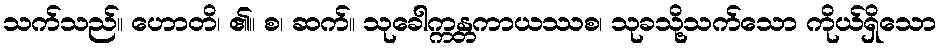
သက်သည်။ ဟောတိ၊ ၏။ စ၊ ဆက်။ သုခေါက္ကန္တကာယဿစ၊ သုခသို့သက်သော ကိုယ်ရှိသော